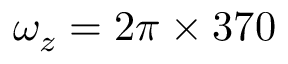
\omega _ { z } = 2 \pi \times 3 7 0